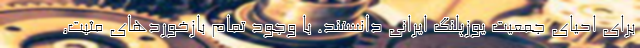
برای احیای جمعیت یوزپلنگ ایرانی دانستند. با وجود تمام بازخوردهای مثبت,